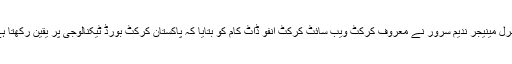
یہ بھی پڑھیں: محمد عامر کی واپسی کے امکانات روشناس حوالے سے پاکستان کرکٹ بورڈ کے جنرل مینیجر ندیم سرور نے معروف کرکٹ ویب سائٹ کرکٹ انفو ڈاٹ کام کو بتایا کہ پاکستان کرکٹ بورڈ ٹیکنالوجی پر یقین رکھتا ہے اور ہم آنے والی سیریز میں ٹیسٹ مقابلوں میں بھی ڈی آر ایس کے استعمال کے شدید خواہاں تھے۔